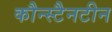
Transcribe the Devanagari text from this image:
कौन्स्टैनटीन